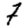
Digit: 7